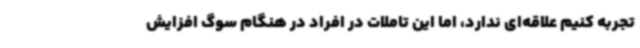
تجربه کنیم علاقه‌ای ندارد، اما این تاملات در افراد در هنگام سوگ افزایش